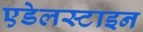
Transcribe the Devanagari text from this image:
एडेलस्टाइन